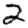
Digit: 2